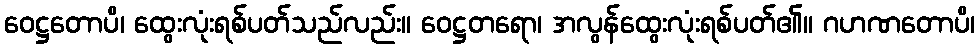
ဝေဋ္ဌတောပိ၊ ထွေးလုံးရစ်ပတ်သည်လည်း။ ဝေဋ္ဌတရော၊ အလွန်ထွေးလုံးရစ်ပတ်၏။ ဂဟဏတောပိ၊